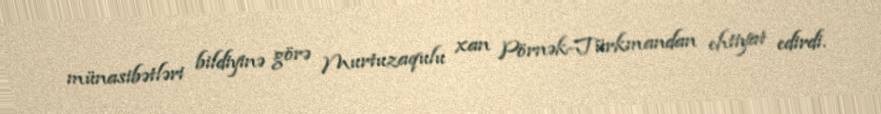
münasibətləri bildiyinə görə Murtuzaqulu xan Pörnək-Türkmandan ehtiyat edirdi.